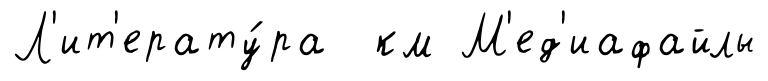
Л'ит'ерату́ра км М'ед'иафайлы